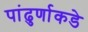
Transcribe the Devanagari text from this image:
पांढुर्णाकडे